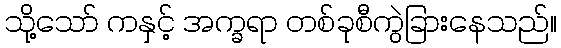
သို့သော် ကနှင့် အက္ခရာ တစ်ခုစီကွဲခြားနေသည်။